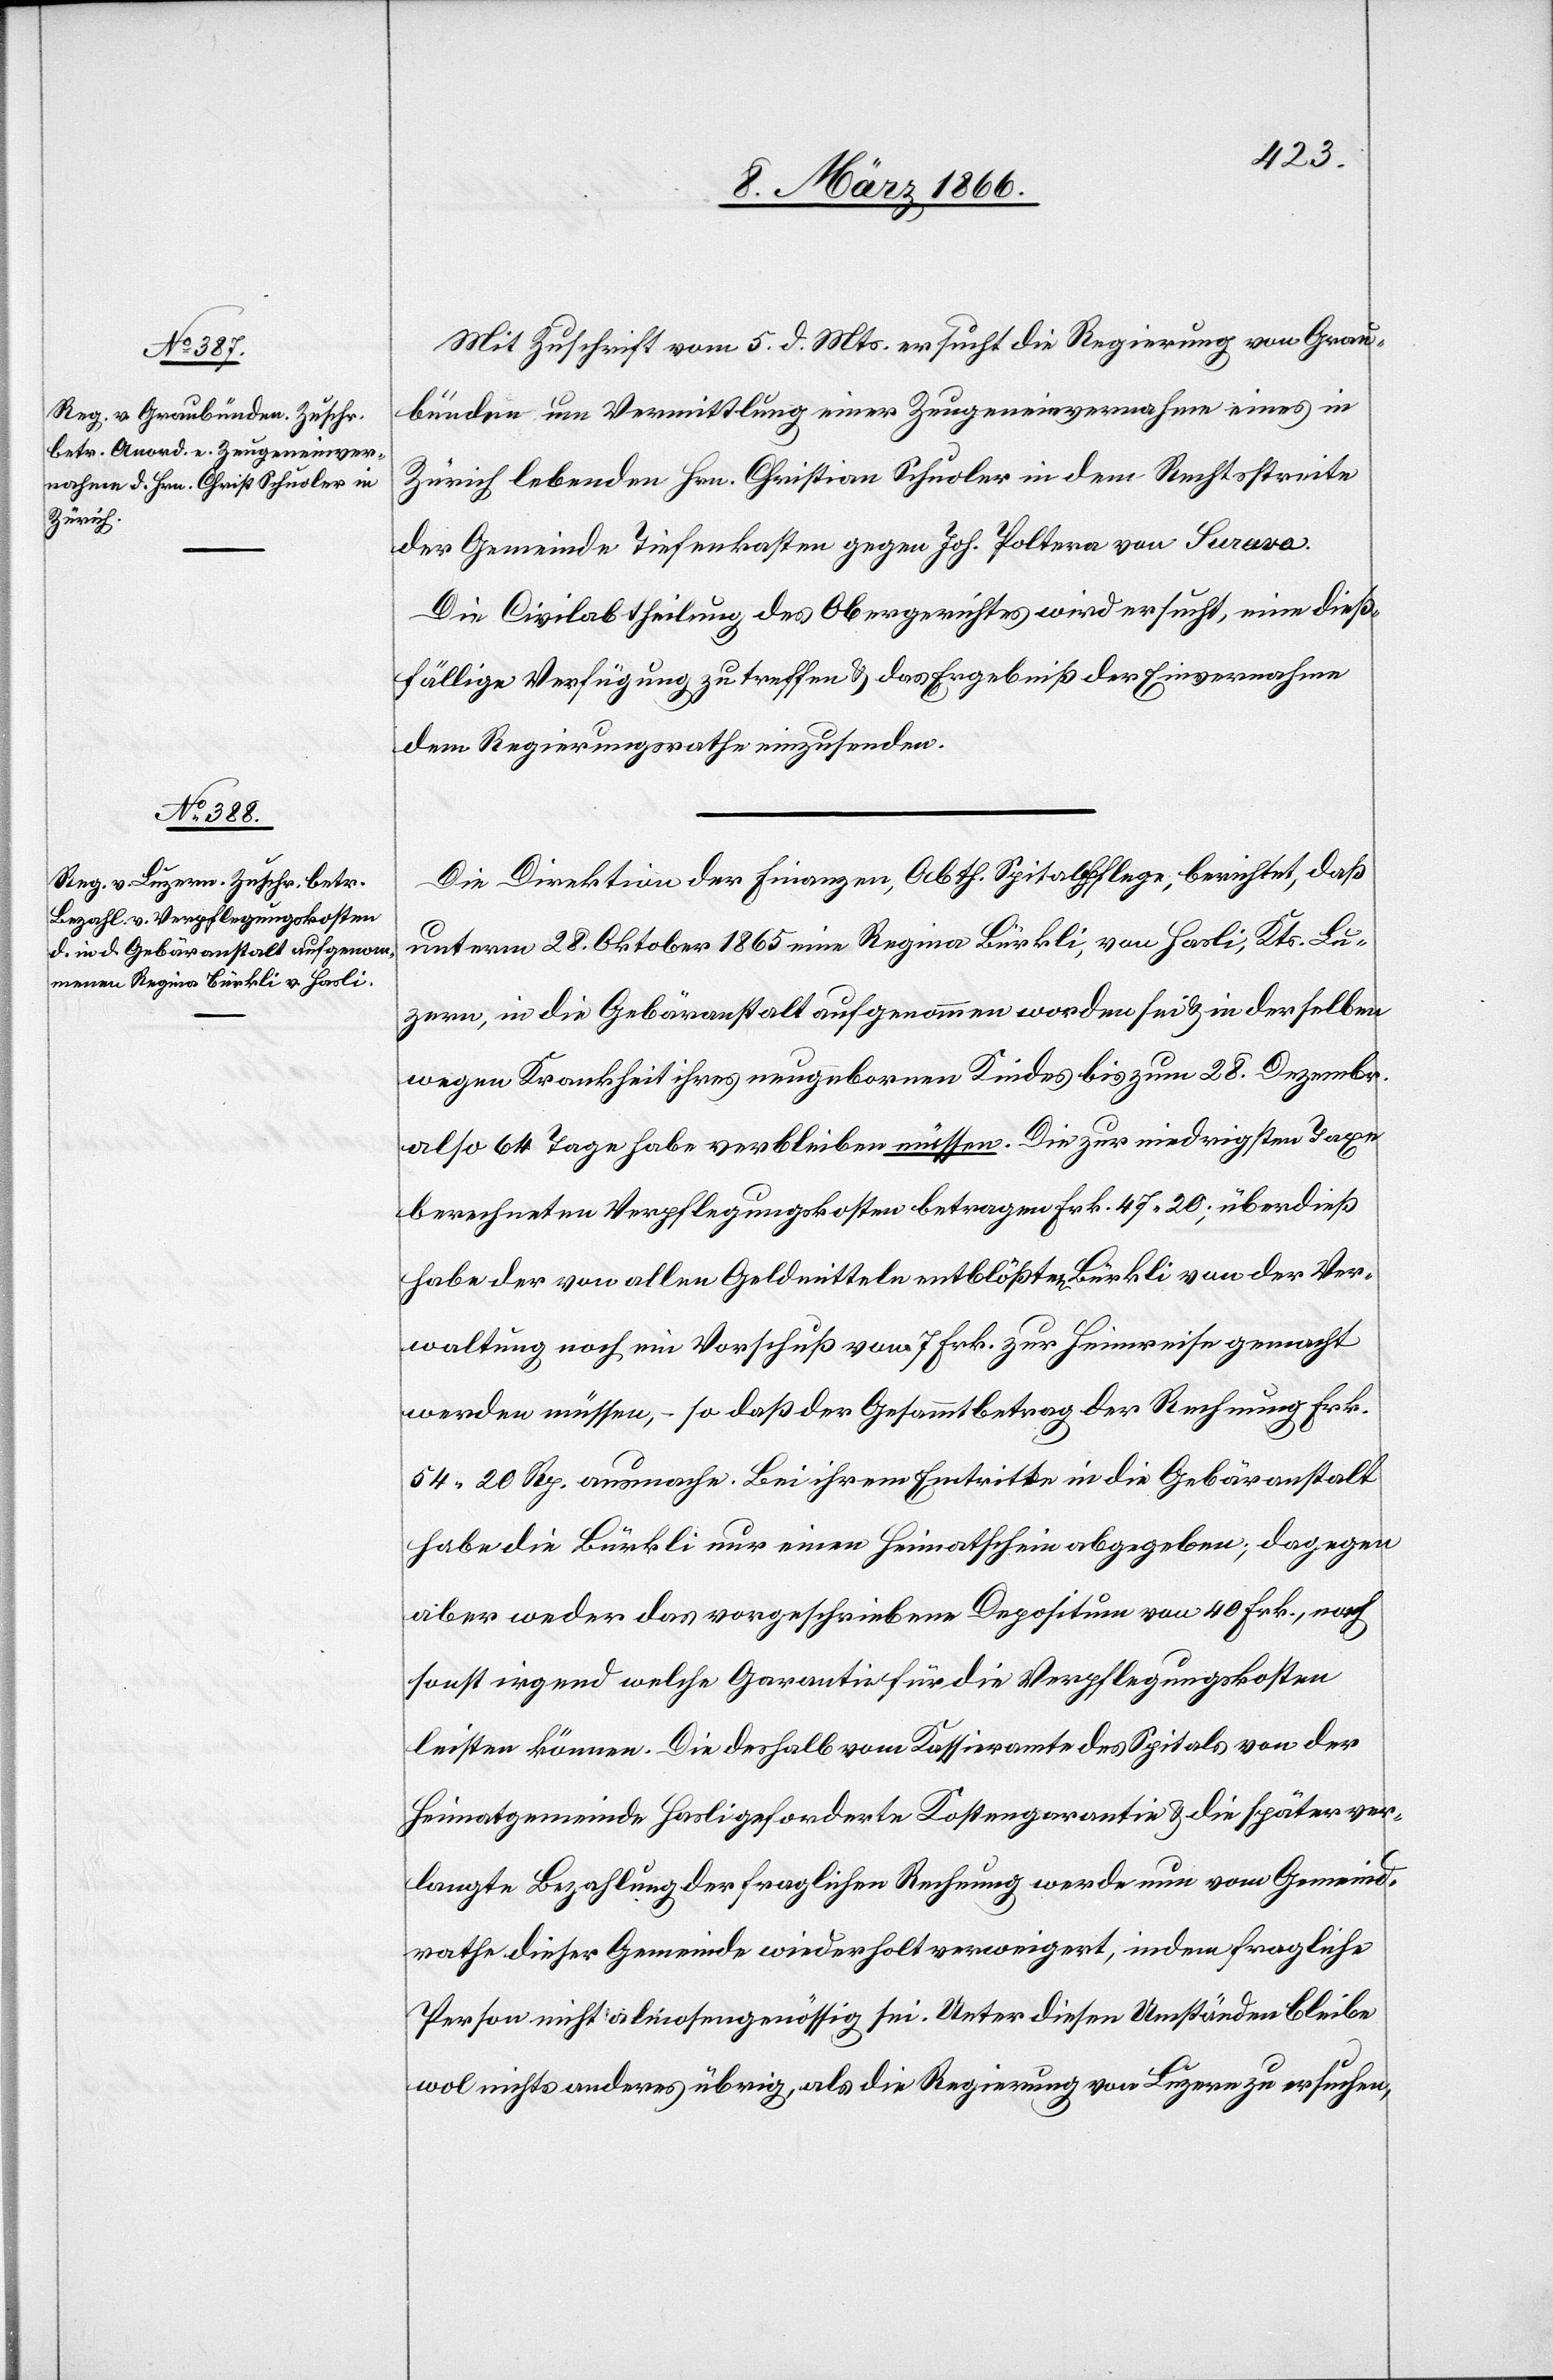
8. März 1866.]
Mit Zuschrift vom 5. d. Mts. ersucht die Regierung von Grau¬
bünden um Vermittlung einer Zeugeneinvernahme eines in
Zürich lebenden Hrn. Christian Schusler in dem Rechtsstreite
der Gemeinde Tiefenkasten gegen Joh. Poltera von Surava.
Die Civilabtheilung des Obergerichtes wird ersucht, eine dieß¬
fällige Verfügung zu treffen u. das Ergebniß der Einvernahme
dem Regierungsrathe einzusenden.
Die Direktion der Finanzen, Abth. Spitalpflege, berichtet, daß
unterm 28. Oktober 1865 eine Regina Bürkli, von Hasli, Kts. Lu¬
zern, in die Gebäranstalt aufgenommen worden sei u. in derselben
wegen Krankheit ihres neugeborenen Kindes bis zum 28. Dezembr.
also 64 Tage habe verbleiben müssen. Die zur niedrigsten Taxe
berechneten Verpflegungskosten betragen Frk. 47,20; überdieß
habe der von allen Geldmitteln entblößten Bürkli von der Ver¬
waltung noch ein Vorschuß von 7 Frk. zur Heimreise gemacht
werden müssen, – so daß der Gesammtbetrag der Rechnung Frk.
54, 20 Rp. ausmache. Bei ihrem Eintritte in die Gebäranstalt
habe die Bürkli nur einen Heimatschein abgegeben; dagegen
aber weder das vorgeschriebene Depositum von 40 Frk., noch
sonst irgend welche Garantie für die Verpflegungskosten
leisten können. Die deshalb vom Kassieramte des Spitals von der
Heimatgemeinde Hasli geforderte Kostengarantie u. die später ver¬
langte Bezahlung der fraglichen Rechnung werde nun vom Gemeind¬
rathe dieser Gemeinde wiederholt verweigert, indem fragliche
Person nicht almosengenössig sei. Unter diesen Umständen bleibe
wol nichts anderes übrig, als die Regierung von Luzern zu ersuchen